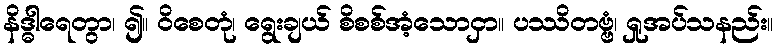
နိဒ္ဓါရေတွာ၊ ၍။ ဝိစေတုံ၊ ရွေးချယ် စိစစ်အံ့သောငှာ။ ပဿိတဗ္ဗံ၊ ရှုအပ်သနည်း။